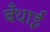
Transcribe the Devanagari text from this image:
बँधाई